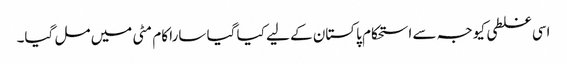
اسی غلطی کیوجہ سے استحکام پاکستان کے لیے کیا گیا سارا کام مٹی میں مل گیا۔